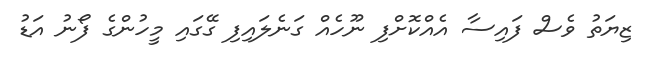
ޒިޔަތު ވެސް ފައިސާ އެއްކޮށްފި ނޫހެއް ގަނެލައިފި ގޭގައި މީހުންގެ ފޯނު އަޑު